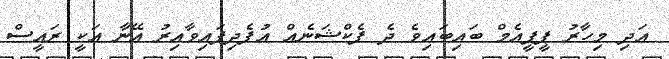
އަދި މިހާރު ޕީޕީއެމް ބައިބައިވެ ދެ ފެކްޝަނެއް އުފެދިފައިވާއިރު އޭނާ އަކީ ރައީސް